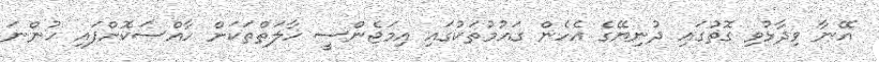
އޭނާ ވިދާޅުވި ގޮތުގައި ދުނިޔޭގެ އެހެން ގައުމުތަކުގައި އިމަޖެންސީ ހާލަތްތަކަށް ހާއްސަކޮށްފައި ހުންނަ